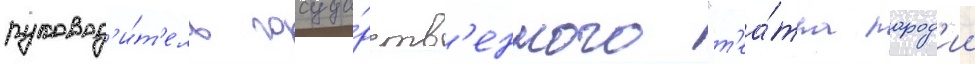
руковод'и́т'ель госуда́рств'енного "т'еа́тра парод'ии